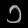
Digit: ၁